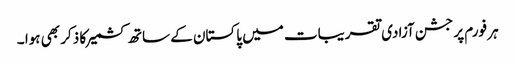
ہر فورم پر جشن آزادی تقریبات میں پاکستان کے ساتھ کشمیر کا ذکر بھی ہوا ۔